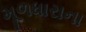
મૂળધારાના